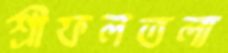
শ্রীফলতলা